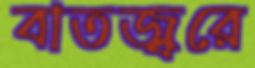
বাতজ্বরে